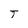
Character: T